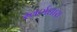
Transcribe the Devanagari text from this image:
स्वर्णधारा